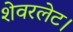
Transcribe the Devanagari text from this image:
शेवरलेट।